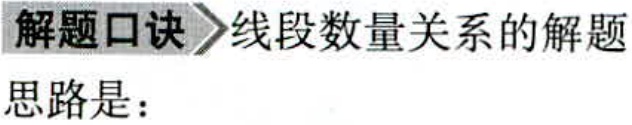
解题口诀 线段数量关系的解题

思路是：